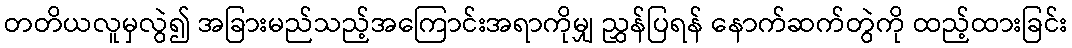
တတိယလူမှလွဲ၍ အခြားမည်သည့်အကြောင်းအရာကိုမျှ ညွှန်ပြရန် နောက်ဆက်တွဲကို ထည့်ထားခြင်း